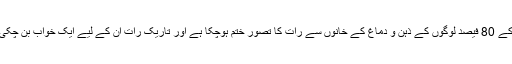
دنیا کے 80 فیصد لوگوں کے ذہن و دماغ کے خانوں سے رات کا تصور ختم ہوچکا ہے اور تاریک رات ان کے لیے ایک خواب بن چکی ہے۔